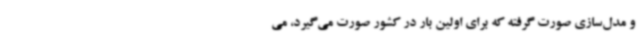
و مدل‌سازی صورت گرفته که برای اولین بار در کشور صورت می‌گیرد، می‌